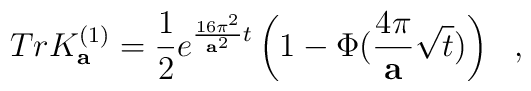
Tr K^{(1)}_{\bf a}={1\over 2}e^{{16\pi^2\over {\bf a}^2}t}\left(1-\Phi ({4\pi\over {\bf a}}\sqrt{t})\right)~~,